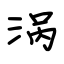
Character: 涡